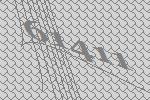
61411